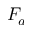
F _ { a }